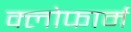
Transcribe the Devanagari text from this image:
क्लोफार्म